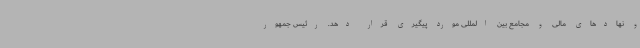
و نهادهای مالی و مجامع بین المللی مورد پیگیری قرار دهد. رئیس جمهور